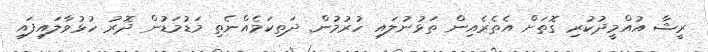
ރީޝާ އުއްމީދުކުރި ގޮތަށް އެތެރެއިން ތަޅުނުލައި ހުރުމުން